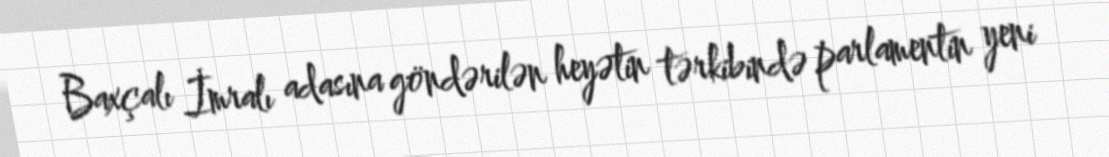
Baxçalı İmralı adasına göndərilən heyətin tərkibində parlamentin yeni